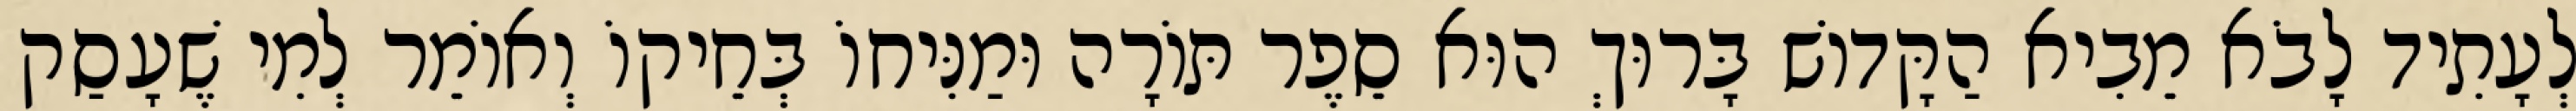
לְעָתִיד לָבֹא מֵבִיא הַקָּדוֹשׁ בָּרוּךְ הוּא סֵפֶר תּוֹרָה וּמַנִּיחוֹ בְּחֵיקוֹ וְאוֹמֵר לְמִי שֶׁעָסַק